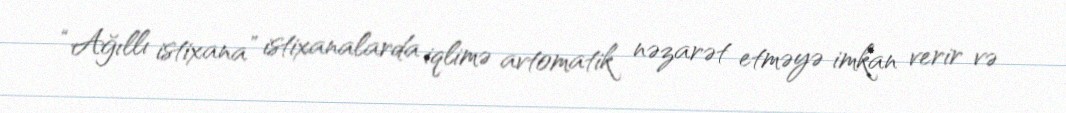
“Ağıllı istixana” istixanalarda iqlimə avtomatik nəzarət etməyə imkan verir və